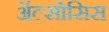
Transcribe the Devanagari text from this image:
ॲल्सोसिस